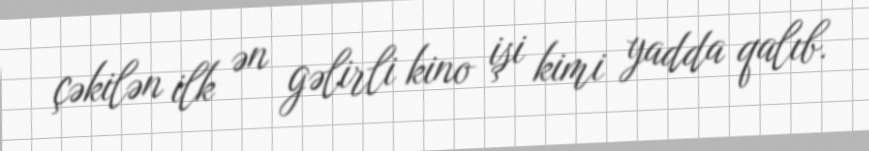
çəkilən ilk ən gəlirli kino işi kimi yadda qalıb.